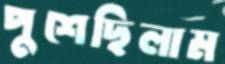
পুশেছিলাম